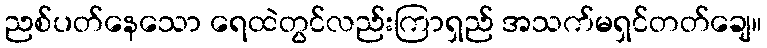
ညစ်ပတ်နေသော ရေထဲတွင်လည်းကြာရှည် အသက်မရှင်တတ်ချေ။